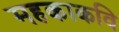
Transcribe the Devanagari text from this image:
महकाकवि